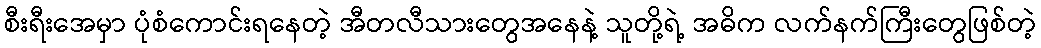
စီးရီးအေမှာ ပုံစံကောင်းရနေတဲ့ အီတလီသားတွေအနေနဲ့ သူတို့ရဲ့ အဓိက လက်နက်ကြီးတွေဖြစ်တဲ့